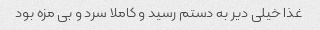
غذا خیلی دیر به دستم رسید و کاملا سرد و بی مزه بود